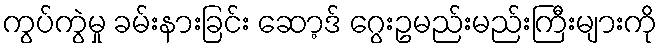
ကွပ်ကွဲမှု ခမ်းနားခြင်း ဆော့ဒ် ဂွေးဥမည်းမည်းကြီးများကို